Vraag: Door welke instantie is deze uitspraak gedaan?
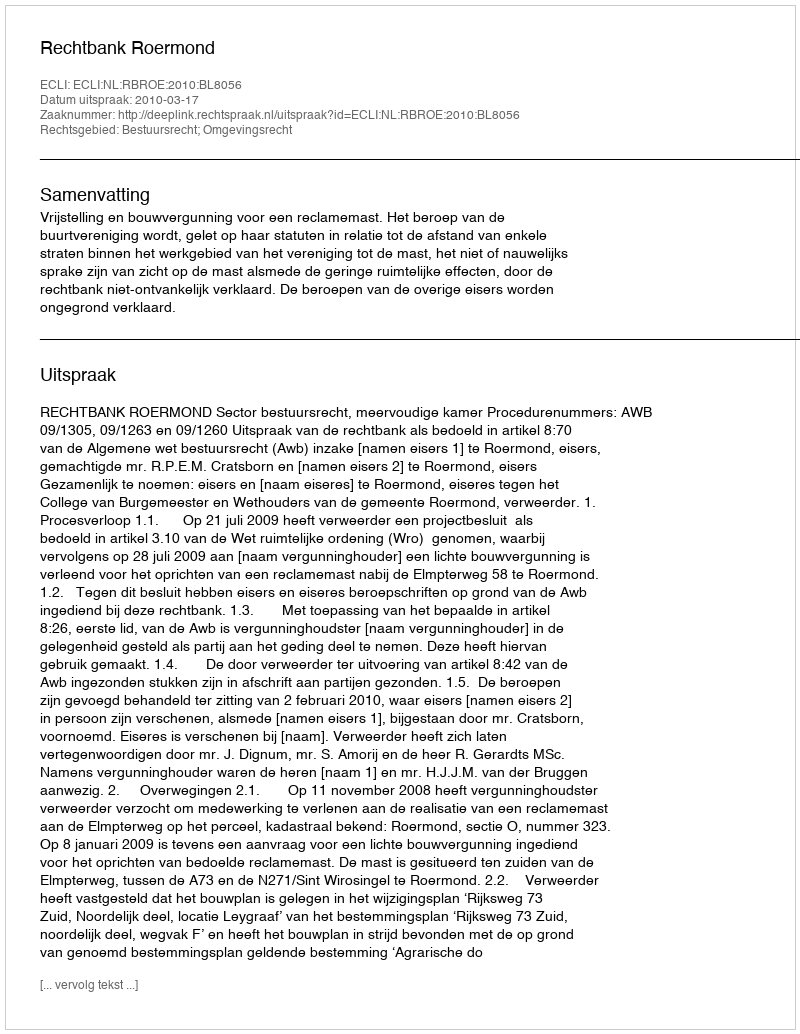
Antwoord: Rechtbank Roermond